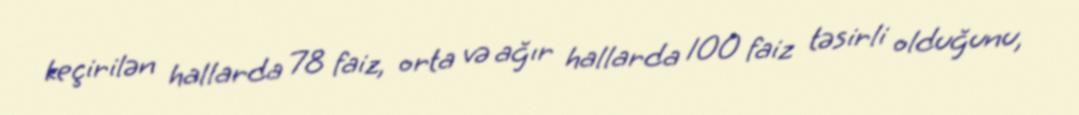
keçirilən hallarda 78 faiz, orta və ağır hallarda 100 faiz təsirli olduğunu,